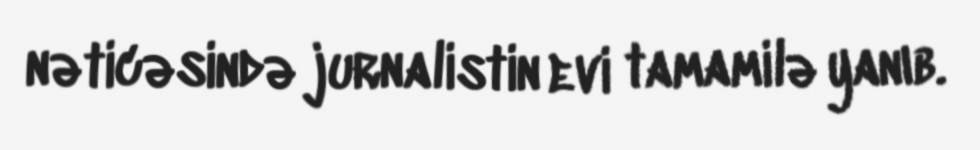
nəticəsində jurnalistin evi tamamilə yanıb.